Bombay plague: being a history of the progress of plague in the Bombay presidency from September 1896 to June 1899
Year: 1896
Disease focus: Plague
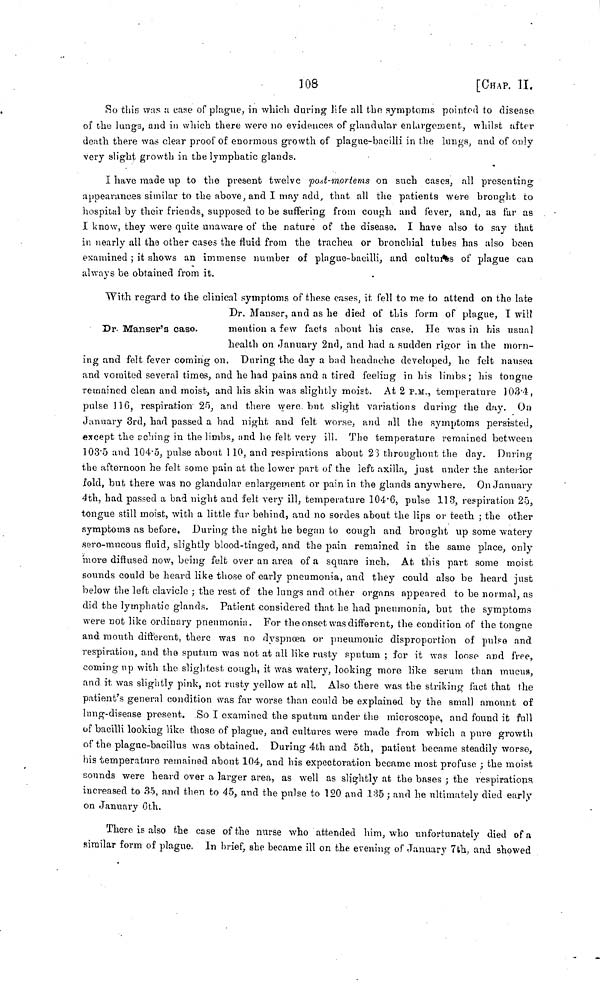
108
[CHAP. II.
80 this was a case of plague, in which during life all the symptoms pointed to disease
of the lungs, and in which there were no evidences of glandular enlargement, whilst after
death there was clear proof of enormous growth of plague-bacilli in the lungs, and of only
very slight growth in the lymphatic glands.
I have made up to the present twelve post-mortems on such cases, all presenting
appearances similar to the above, and I may add, that all the patients were brought to
hospital by their friends, supposed to be suffering from cough and fever, and, as far as
I know, they were quite unaware of the nature of the disease. I have also to say that
in nearly all the other cases the fluid from the trachea or bronchial tubes has also been
examined ; it shows an immense number of plague-bacilli, and cultures of plague can
always be obtained from it.
Dr. Manser's case.
With regard to the clinical symptoms of these cases, it fell to me to attend on the late
Dr. Manser, and as he died of this form of plague, I will
mention a few facts about his case. He was in bis usual
health on January 2nd, and had a sudden rigor in the morn-
ing and felt fever coming on. During the day a bad headache developed, he felt nausea
and vomited several times, and he had pains and a tired feeling in his limbs ; his tongue
remained clean and moist, and his skin was slightly moist. At 2 P.M., temperature 103 . 4,
pulse 116, respiration 25, and there were, but slight variations during the day. On
January 3rd, had passed a bad night and felt worse, and all the symptoms persisted,
except the celling in the limbs, and he felt very ill. The temperature remained between
103 . 5 and 104 . 5, pulse about 110, and respirations about 23 throughout the day. During
the afternoon he felt some pain at the lower part of the left axilla, just under the anterior
fold, but there was no glandular enlargement or pain in the glands anywhere. On January
4th, had passed a bad night and felt very ill, temperature 104 . 6, pulse 113, respiration 25,
tongue still moist, with a little fur behind, and no sordes about the lips or teeth ; the other
symptoms as before. During the night he began to cough and brought up some watery
sero-mucous fluid, slightly blood-tinged, and the pain remained in the same place, only
more diffused now, being felt over an area of a square inch. At this part some moist
sounds could be heard like those of early pneumonia, and they could also be heard just
below the left clavicle ; the rest of the lungs and other organs appeared to be normal, as
did the lymphatic glands. Patient considered that he had pneumonia, but the symptoms
were not like ordinary pneumonia. For the onset was different, the condition of the tongue
and mouth different, there was no dyspnoea or pneumonic disproportion of pulse and
respiration, and the sputum was not at all like rusty sputum ; for it was loose and free,
coming up with the slightest cough, it was watery, looking more like serum than mucus,
and it was slightly pink, not rusty yellow at all. Also there was the striking fact that the
patient's general condition was far worse than could be explained by the small amount of
lung-disease present. So I examined the sputum under the microscope, and found it full
of bacilli looking like those of plague, and cultures were made from which a pure growth
of the plague-bacillus was obtained. During 4th and 5th, patient became steadily worse,
his temperature remained about 104, and his expectoration became most profuse ; the moist
sounds were heard over a larger area, as well as slightly at the bases ; the respirations
increased to 35, and then to 45, and the pulse to 120 and 185 ; and he ultimately died early
on January 6th.
There is also the case of the nurse who attended him, who unfortunately died of a
similar form of plague. In brief, she became ill on the evening of January 7th, and showed